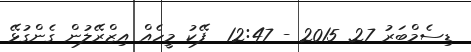
ޑިސެމްބަރު 27